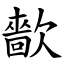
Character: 㱇